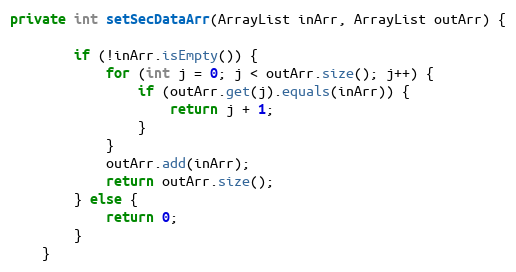
Language: Java
private int setSecDataArr(ArrayList inArr, ArrayList outArr) {

        if (!inArr.isEmpty()) {
            for (int j = 0; j < outArr.size(); j++) {
                if (outArr.get(j).equals(inArr)) {
                    return j + 1;
                }
            }
            outArr.add(inArr);
            return outArr.size();
        } else {
            return 0;
        }
    }